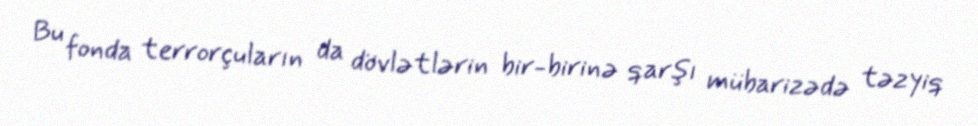
Bu fonda terrorçuların da dövlətlərin bir-birinə qarşı mübarizədə təzyiq